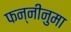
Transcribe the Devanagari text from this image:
फन्नीनुमा